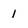
Character: 1